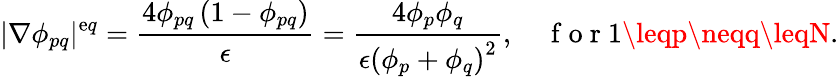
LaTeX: |\nabla\phi_{pq}|^{\mathrm{e}q}=\frac{{4\phi_{pq}\left(1-\phi_{pq}\right)}}{{\epsilon}}=\frac{{4\phi_{p}\phi_{q}}}{{\epsilon\left(\phi_{p}+\phi_{q}\right)^{2}}},\quad\mathrm{{~f~o~r~}}1\leqp\neqq\leqN.